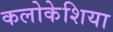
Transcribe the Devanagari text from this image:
कलोकेशिया